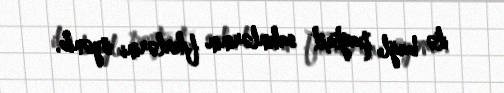
ilə bağlı paytaxt sakinlərinin fikirlərini öyənib.